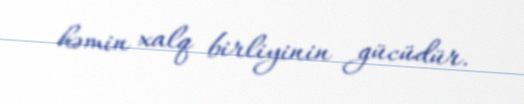
həmin xalq birliyinin gücüdür.